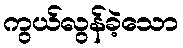
ကွယ်လွန်ခဲ့သော